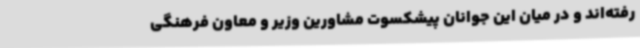
رفته‌اند و در میان این جوانان پیشکسوت مشاورین وزیر و معاون فرهنگی